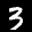
Label: 3